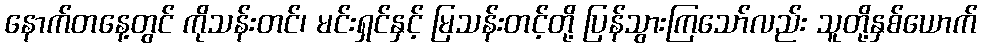
နောက်တနေ့တွင် ကိုသန်းတင်၊ မင်းရှင်နှင့် မြသန်းတင့်တို့ ပြန်သွားကြသော်လည်း သူတို့နှစ်ယောက်